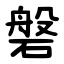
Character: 磐